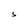
Character: S